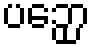
ပဉှော